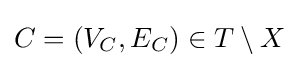
C=(V_{C},E_{C})\in T\setminus X